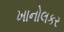
ખાનોલકર